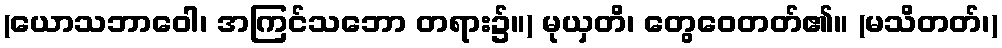
(ယောသဘာဝေါ၊ အကြင်သဘော တရား၌။) မုယှတိ၊ တွေဝေတတ်၏။ (မသိတတ်၊)